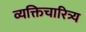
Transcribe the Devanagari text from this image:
व्यक्तिचारित्र्य